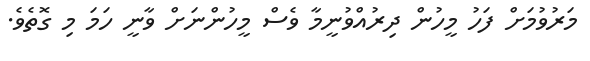
މަރުވުމަށް ފަހު މީހުން ދިރުއްވުނީމާ ވެސް މީހުންނަށް ވާނީ ހަމަ މި ގޮތެވެ.